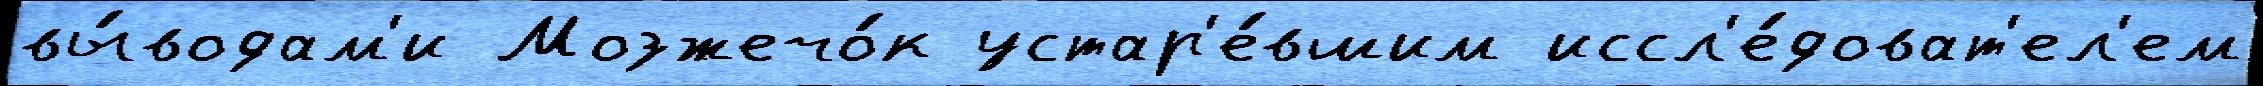
вы́водам'и Мозжечо́к устар'е́вшим иссл'е́доват'ел'ем